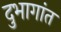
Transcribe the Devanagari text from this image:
दुभागांत